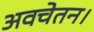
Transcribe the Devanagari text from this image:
अवचेतन।